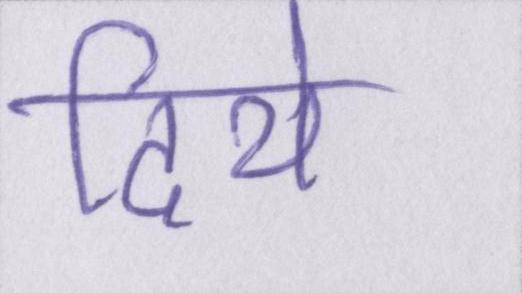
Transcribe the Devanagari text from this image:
दिये